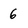
Character: 6